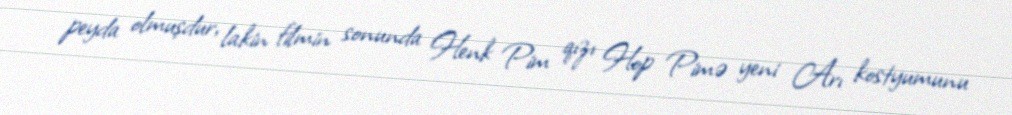
peyda olmuşdur, lakin filmin sonunda Henk Pim qızı Hop Pimə yeni Arı kostyumunu